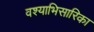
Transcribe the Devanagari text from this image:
वश्याभिसारिका